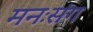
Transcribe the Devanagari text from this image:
मनःसंग